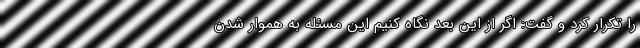
را تکرار کرد و گفت: اگر از این بعد نگاه کنیم این مسئله به هموار شدن